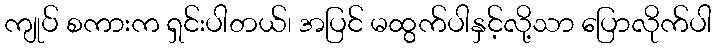
ကျုပ် စကားက ရှင်းပါတယ်၊ အပြင် မထွက်ပါနှင့်လို့သာ ပြောလိုက်ပါ